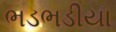
ભડભડીયા